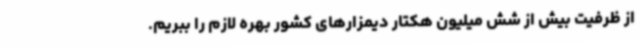
از ظرفیت بیش از شش میلیون هکتار دیمزارهای کشور بهره لازم را ببریم.